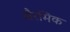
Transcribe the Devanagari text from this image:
सैरमिक